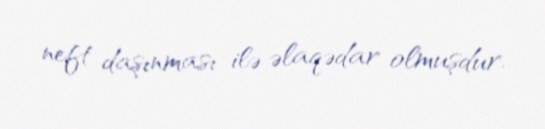
neft daşınması ilə əlaqədar olmuşdur.